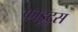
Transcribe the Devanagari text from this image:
फाडूट्स